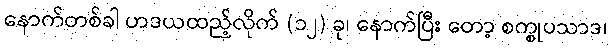
နောက်တစ်ခါ ဟဒယထည့်လိုက် (၁၂) ခု၊ နောက်ပြီး တော့ စက္စုပသာဒ၊